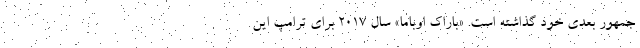
‌جمهور بعدی خود گذاشته است. «باراک اوباما» سال ۲۰۱۷ برای ترامپ این